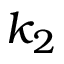
k _ { 2 }